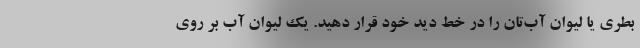
بطری یا لیوان آب‌تان را در خط دید خود قرار دهید. یک لیوان آب بر روی